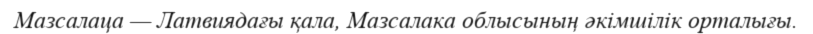
Мазсалаца — Латвиядағы қала, Мазсалака облысының әкімшілік орталығы.